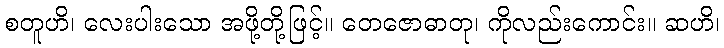
စတူဟိ၊ လေးပါးသော အဖို့တို့ဖြင့်။ တေဇောဓာတု၊ ကိုလည်းကောင်း။ ဆဟိ၊